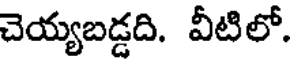
చెయ్యబడ్డది. వీటిలో.